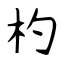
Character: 杓